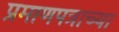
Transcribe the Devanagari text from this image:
प्रमाणपत्राच्या